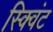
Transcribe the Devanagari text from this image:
स्क्विंट